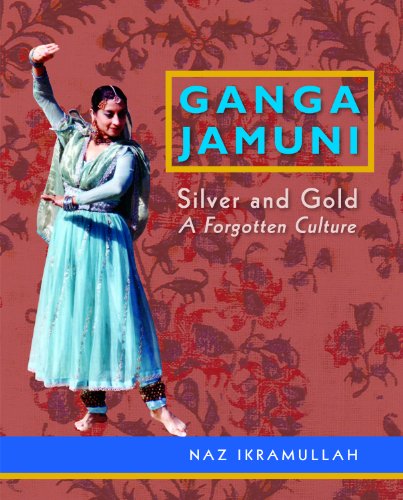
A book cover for Ganga Jamuni; Naz Ikramullah; Religion & Spirituality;